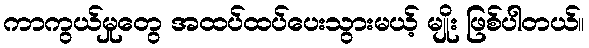
ကာကွယ်မှုတွေ အထပ်ထပ်ပေးသွားမယ့် မျိုး ဖြစ်ပါတယ်။